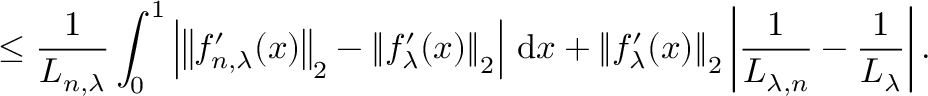
\leq \frac { 1 } { L _ { n , \lambda } } \int _ { 0 } ^ { 1 } \left| \left\| f _ { n , \lambda } ^ { \prime } ( x ) \right\| _ { 2 } - \left\| f _ { \lambda } ^ { \prime } ( x ) \right\| _ { 2 } \right| \, \mathrm { d } x + \left\| f _ { \lambda } ^ { \prime } ( x ) \right\| _ { 2 } \left| \frac { 1 } { L _ { \lambda , n } } - \frac { 1 } { L _ { \lambda } } \right| .